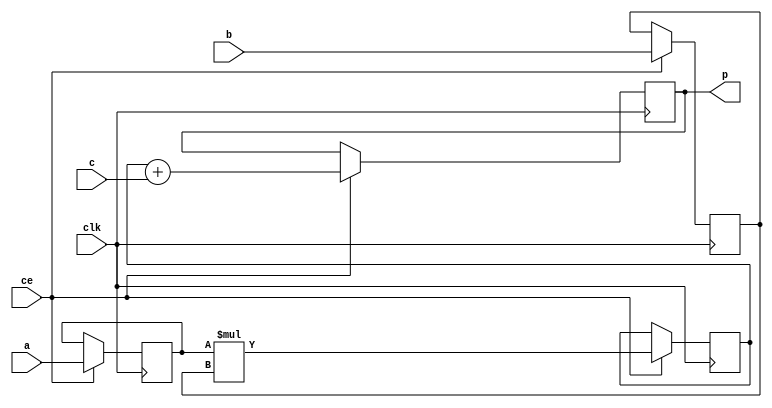
module mac (clk, ce, a, b, c, p);
    
    // Parameters
    parameter WIDTH = 8;
    localparam ACCUM_WIDTH = WIDTH * 2;
    
    // Port connections
    input clk, ce;
    input signed [WIDTH-1:0] a, b;
    input signed [WIDTH-1:0] c;
    output signed [ACCUM_WIDTH-1:0] p;

// Declare regs for intermediate values
reg signed [WIDTH-1:0]  a_reg, b_reg;
reg signed [ACCUM_WIDTH-1:0] mult_reg, adder_out;

initial
begin
    a_reg      = 0;
    b_reg      = 0;
    mult_reg   = 0;
    adder_out  = 0;
end

always @(posedge clk)
begin
	if (ce)
	begin
    	a_reg      <= a;
    	b_reg      <= b;
    	mult_reg   <= a_reg * b_reg;
        adder_out  <= mult_reg + c;
	end
end

// Output accumulation result
assign p = adder_out;

endmodule